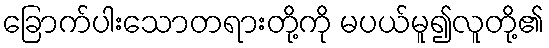
ခြောက်ပါးသောတရားတို့ကို မပယ်မူ၍လူတို့၏